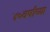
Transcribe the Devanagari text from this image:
४०वर्षांच्या